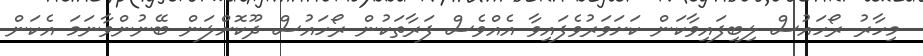
މިހާރު ރޯހައުސް ލިބިފައިވާކަން ކަށަވަރުވެފައިވާ އެއްވެސް ފަރާތަކުން ރޯހައުސް ދޫކޮށްލަން ބޭނުންވާނަމަ އެކަން